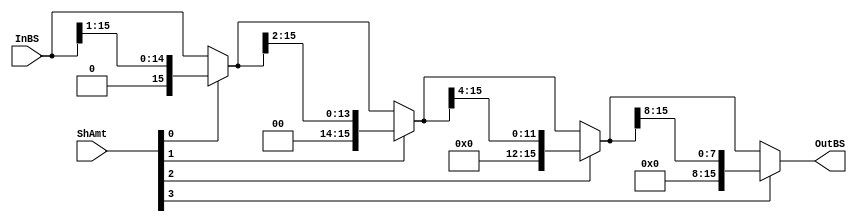
module shift_right_logic(InBS, ShAmt, OutBS);
//for the 2'b00 Opcode
input wire [15:0]InBS;
input wire [3:0] ShAmt;
output [15:0]OutBS;

//Opcode 
//2'b00 left shift, LSB filled with 'b0
//2'b01 shift right logical, MSB filled with 'b0
//2'b10 rotate left
//2'b11 shift rith arith, keep the MSB


//shift bit selection logic
wire [15:0] sh_0, sh_1, sh_2, sh_3;//for the 1/2/4/8bits shift temp varibles
assign sh_0=(ShAmt[0])? {1'b0, InBS[15:1]}:InBS; 
assign sh_1=(ShAmt[1])? {2'b0, sh_0[15:2]}:sh_0; 
assign sh_2=(ShAmt[2])? {4'b0, sh_1[15:4]}:sh_1; 
assign sh_3=(ShAmt[3])? {8'b0, sh_2[15:8]}:sh_2; 

assign OutBS=sh_3;



endmodule